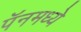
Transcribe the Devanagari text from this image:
पॅनमध्ये